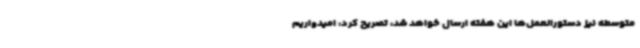
متوسطه نیز دستورالعمل‌ها این هفته ارسال خواهد شد، تصریح کرد: امیدواریم